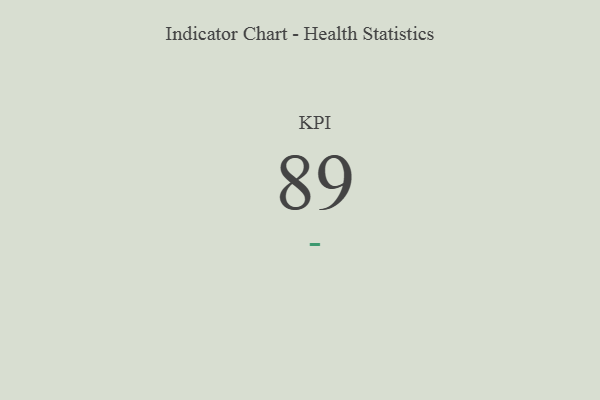
{"axis": {"x": "KPI", "y": "Value"}, "legend": [""], "data": [{"x": "KPI", "y": 89, "type": ""}]}